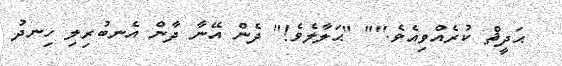
ޙަދީޘް ކުރެއްވިއެވެ."" "ޙަލާލެވެ!" ދެން އޭނާ ދާން އެނބުރިލި ހިނދު